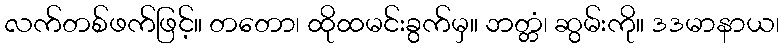
လက်တစ်ဖက်ဖြင့်။ တတော၊ ထိုထမင်းခွက်မှ။ ဘတ္တံ၊ ဆွမ်းကို။ ဒဒမာနာယ၊